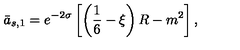
\bar { a } _ { s , 1 } = e ^ { - 2 \sigma } \left[ \left( \frac 1 6 - \xi \right) R - m ^ { 2 } \right] ,